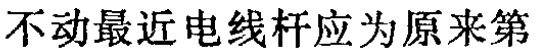
不动最近电线杆应为原来第